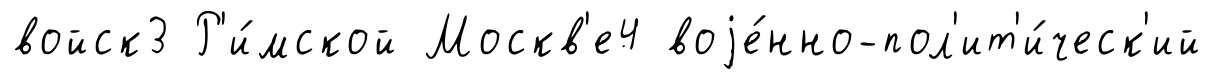
войск3 Р'и́мской Москв'е4 воjе́нно-пол'ит'и́ческ'ий